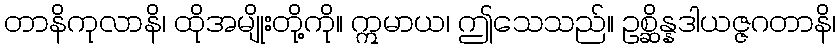
တာနိကုလာနိ၊ ထိုအမျိုးတို့ကို။ ဣမာယ၊ ဤသေသည်။ ဥစ္ဆိန္နဒါယဇ္ဇဂတာနိ၊